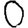
Digit: 0